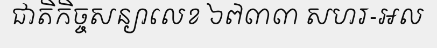
ជាតិកិច្ចសន្យាលេខ ៦៧៣៣ សហរ-អល